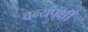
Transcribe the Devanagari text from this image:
वन्यपक्षी